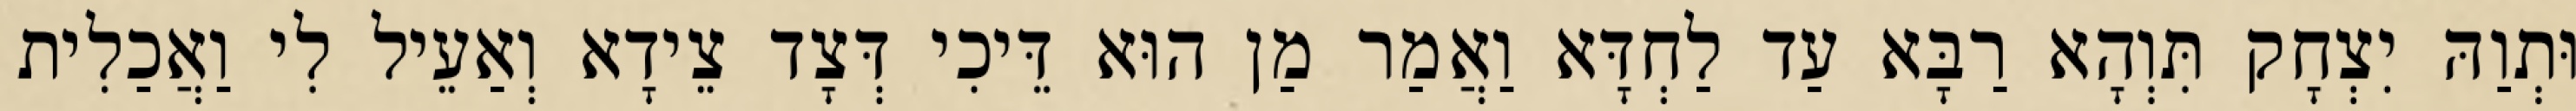
וּתְוַהּ יִצְחָק תִּוְהָא רַבָּא עַד לַחְדָּא וַאֲמַר מַן הוּא דֵּיכִי דְּצָד צֵידָא וְאַעֵיל לִי וַאֲכַלִית